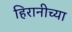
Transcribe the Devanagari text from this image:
हिरानीच्या